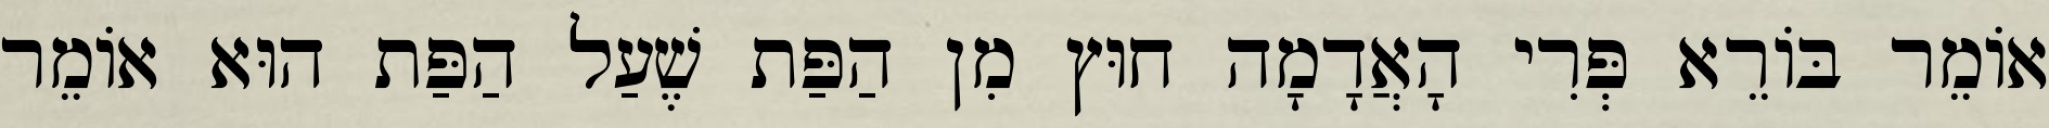
אוֹמֵר בּוֹרֵא פְּרִי הָאֲדָמָה חוּץ מִן הַפַּת שֶׁעַל הַפַּת הוּא אוֹמֵר